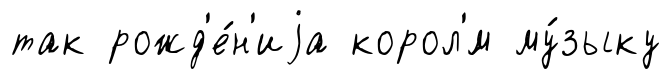
так рожд'е́н'иjа корол'́м му́зыку